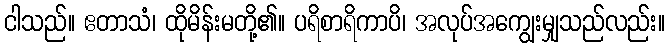
ငါသည်။ ဧတာသံ၊ ထိုမိန်းမတို့၏။ ပရိစာရိကာပိ၊ အလုပ်အကျွေးမျှသည်လည်း။